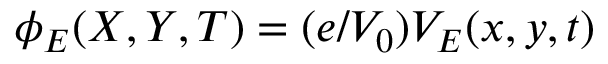
\phi _ { E } ( X , Y , T ) = ( e / V _ { 0 } ) V _ { E } ( x , y , t )